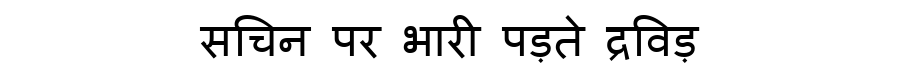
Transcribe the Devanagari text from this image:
सचिन पर भारी पड़ते द्रविड़